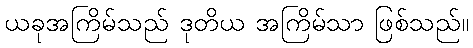
ယခုအကြိမ်သည် ဒုတိယ အကြိမ်သာ ဖြစ်သည်။